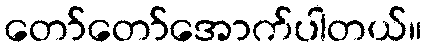
တော်တော်အောက်ပါတယ်။